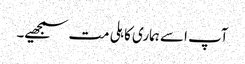
آپ اسے ہماری کاہلی مت سمجھیے۔